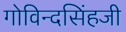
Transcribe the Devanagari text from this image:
गोविन्दसिंहजी